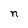
Character: n